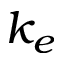
k _ { e }